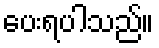
ပေးရပါသည်။